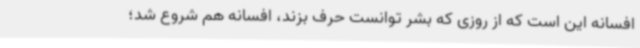
افسانه این است که از روزی که بشر توانست حرف بزند، افسانه هم شروع شد؛